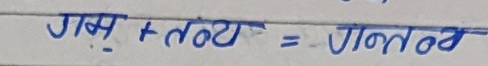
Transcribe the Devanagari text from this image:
गध + तव्य = गन्तव्य